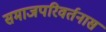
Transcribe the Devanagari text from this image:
समाजपरिवर्तनास